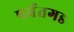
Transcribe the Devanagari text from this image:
पर्वतगड